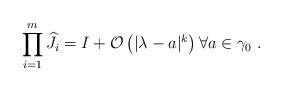
LaTeX: \begin{align*}\prod_{i=1}^m \widehat{J}_i=I+\mathcal{O}\left(| \lambda -a|^k \right)\forall a\in \gamma_0~.\end{align*}